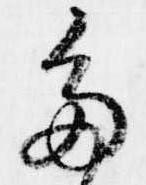
多